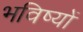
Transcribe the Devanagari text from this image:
भविष्यों